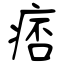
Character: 痞